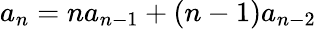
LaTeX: a_{n}=na_{n-1}+(n-1)a_{n-2}